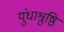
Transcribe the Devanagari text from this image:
युंधाश्रुष्ठि